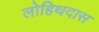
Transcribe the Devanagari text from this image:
लोहिथदास